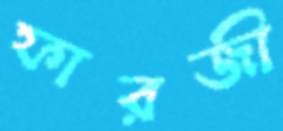
ফারজী